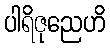
ပါရိဇုညေဟိ